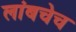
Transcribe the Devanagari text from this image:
लांबचेच